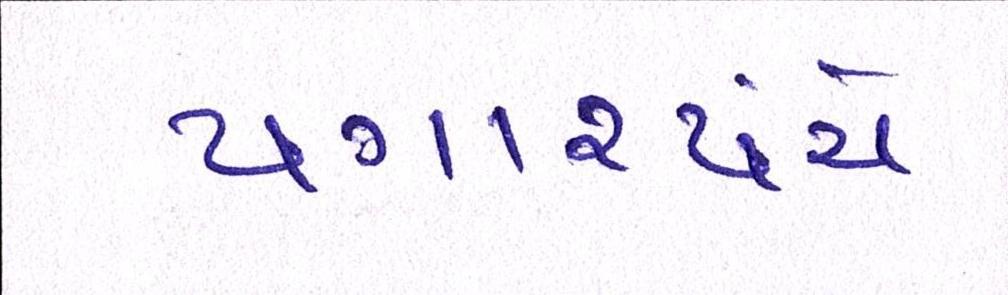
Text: પગારપંચે